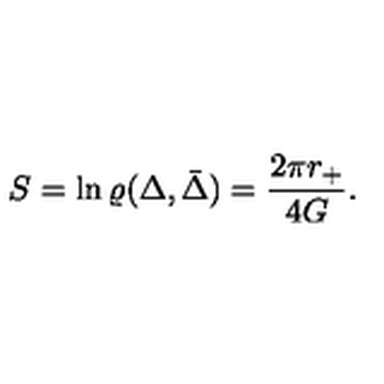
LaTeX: S = \ln \varrho ( \Delta , \bar { \Delta } ) = { \frac { 2 \pi r _ { + } } { 4 G } } .